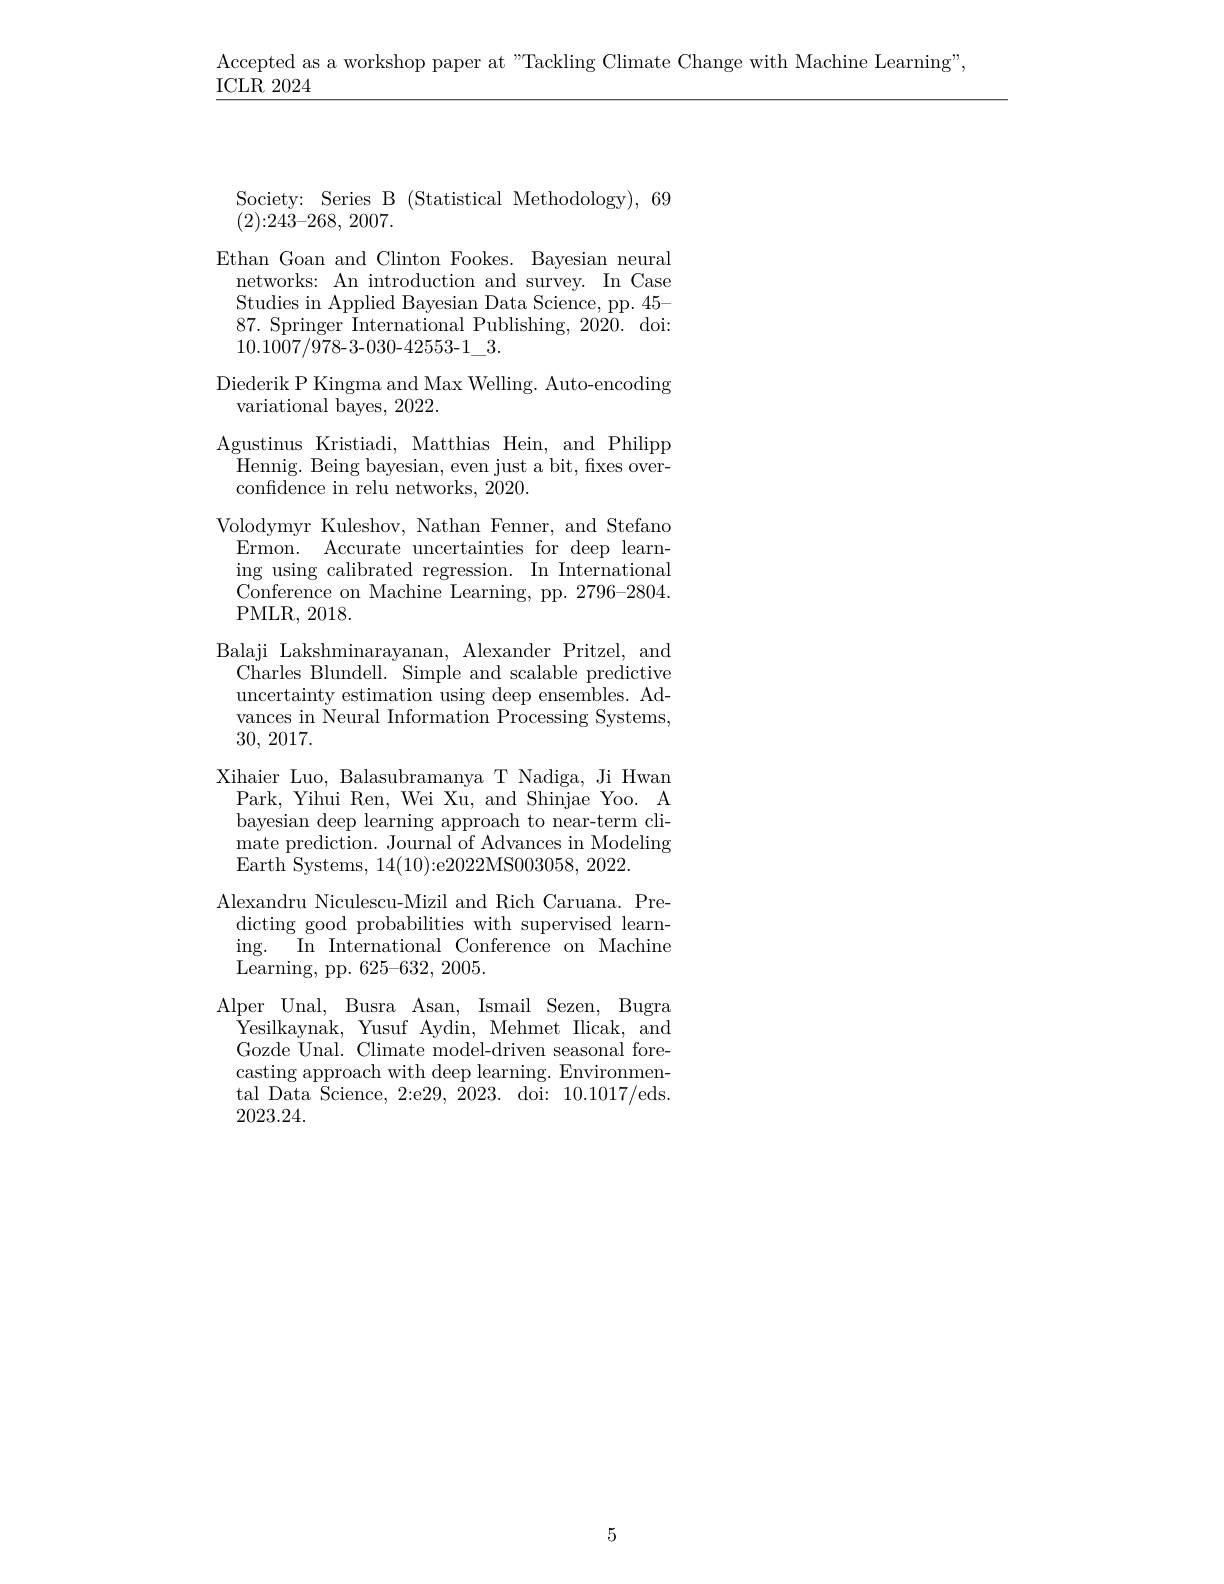
Accepted as a workshop paper at "Tackling Climate Change with Machine Learning",

ICLR 2024

Society: Series B (Statistical Methodology),69
(2){:}243{-}268, 2007.
Ethan Goan and Clinton Fookes. Bayesian neural networks: An introduction and survey. In Case Studies in Applied Bayesian Data Science, pp. 45- $87.{\mathrm{~Springer~International~Publishing,~2020.~doi:}}$ $10.1007/978-3-030-42553-1\_3.$
Diederik P Kingma and Max Welling. Auto-encoding
variational bayes, 2022.
Agustinus\_Kristiadi, Matthias Hein, and Philipp Hennig. Being bayesian, even just a bit, fixes overconfidence in relu networks, 2020.
Volodymyr Kuleshov, Nathan Fenner, and Stefano
Ermon. Accurate uncertainties for deep learning using calibrated regression. In International Conference on Machine Learning, pp. 2796-2804. PMLR, 2018.
Balaji Lakshminarayanan, Alexander Pritzel, and
Charles Blundell. Simple and scalable predictive uncertainty estimation using deep ensembles. Advances in Neural Information Processing Systems, 30, 2017.
Xihaier Luo, Balasubramanya T Nadiga, Ji Hwan
Park, Yihui Ren, Wei Xu, and Shinjae Yoo. A bayesian deep learning approach to near-term climate prediction. Journal of Advances in Modeling Earth Systems, 14(10){:}e2022MS003058, 2022.
Alexandru Niculescu-Mizil and Rich Caruana. Pre-
dicting good probabilities with supervised learn- $\operatorname { ing. }$ $\operatorname { In} {\mathrm{~International~Conference~on~Machine}}$ ${\mathrm{Learning,~pp.~625-632,~2005.}}$
Alper Unal, Busra Asan, Ismail Sezen, Bugra Yesilkaynak, Yusuf Aydin, Mehmet Ilicak, and Gozde Unal. Climate model-driven seasonal forecasting approach with deep learning. Environmental Data Science, 2:e29, $\bar{2}023.$ doi: 10.1017/eds. 2023.24.

5